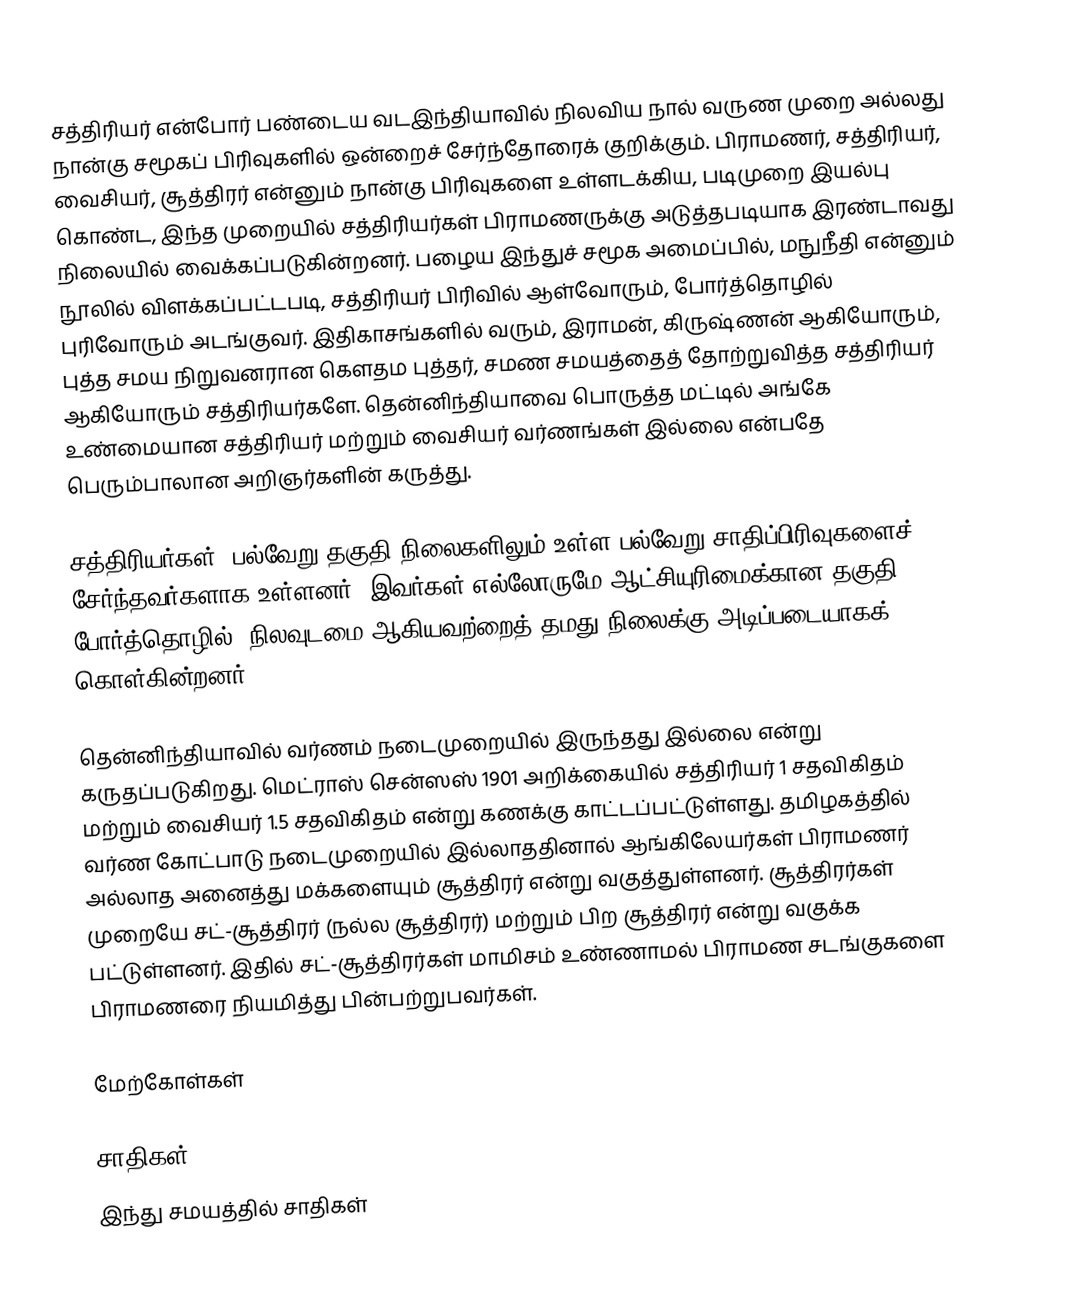
சத்திரியர் என்போர் பண்டைய வடஇந்தியாவில் நிலவிய நால் வருண முறை அல்லது நான்கு சமூகப் பிரிவுகளில் ஒன்றைச் சேர்ந்தோரைக் குறிக்கும். பிராமணர், சத்திரியர், வைசியர், சூத்திரர் என்னும் நான்கு பிரிவுகளை உள்ளடக்கிய, படிமுறை இயல்பு கொண்ட, இந்த முறையில் சத்திரியர்கள் பிராமணருக்கு அடுத்தபடியாக இரண்டாவது நிலையில் வைக்கப்படுகின்றனர். பழைய இந்துச் சமூக அமைப்பில், மநுநீதி என்னும் நூலில் விளக்கப்பட்டபடி, சத்திரியர் பிரிவில் ஆள்வோரும், போர்த்தொழில் புரிவோரும் அடங்குவர். இதிகாசங்களில் வரும், இராமன், கிருஷ்ணன் ஆகியோரும், புத்த சமய நிறுவனரான கௌதம புத்தர், சமண சமயத்தைத் தோற்றுவித்த சத்திரியர் ஆகியோரும் சத்திரியர்களே. தென்னிந்தியாவை பொருத்த மட்டில் அங்கே உண்மையான சத்திரியர் மற்றும் வைசியர் வர்ணங்கள் இல்லை என்பதே பெரும்பாலான அறிஞர்களின் கருத்து.

சத்திரியர்கள், பல்வேறு தகுதி நிலைகளிலும் உள்ள பல்வேறு சாதிப்பிரிவுகளைச் சேர்ந்தவர்களாக உள்ளனர். இவர்கள் எல்லோருமே ஆட்சியுரிமைக்கான தகுதி, போர்த்தொழில், நிலவுடமை ஆகியவற்றைத் தமது நிலைக்கு அடிப்படையாகக் கொள்கின்றனர்.

தென்னிந்தியாவில் வர்ணம் நடைமுறையில் இருந்தது இல்லை என்று கருதப்படுகிறது. மெட்ராஸ் சென்ஸஸ் 1901 அறிக்கையில் சத்திரியர் 1 சதவிகிதம் மற்றும் வைசியர் 1.5 சதவிகிதம் என்று கணக்கு காட்டப்பட்டுள்ளது. தமிழகத்தில் வர்ண கோட்பாடு நடைமுறையில் இல்லாததினால் ஆங்கிலேயர்கள் பிராமணர் அல்லாத  அனைத்து மக்களையும் சூத்திரர் என்று வகுத்துள்ளனர். சூத்திரர்கள் முறையே சட்-சூத்திரர் (நல்ல சூத்திரர்) மற்றும் பிற சூத்திரர் என்று வகுக்க பட்டுள்ளனர். இதில் சட்-சூத்திரர்கள் மாமிசம் உண்ணாமல் பிராமண சடங்குகளை பிராமணரை நியமித்து பின்பற்றுபவர்கள்.

மேற்கோள்கள்

சாதிகள்
இந்து சமயத்தில் சாதிகள்